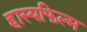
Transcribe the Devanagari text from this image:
हास्यफिल्म